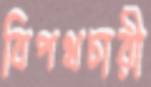
বিপথচারী